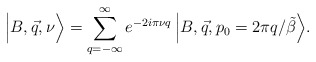
\begin{align*}\Big\vert B,\vec q, \nu \Big\rangle =\sum_{q=-\infty}^\infty e^{-2i\pi\nu q} \, \Big\vert B,\vec q, p_0=2\pi q /\tilde{\beta} \Big\rangle .\end{align*}